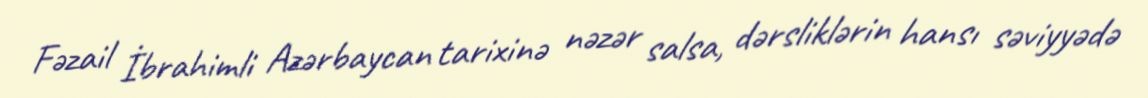
Fəzail İbrahimli Azərbaycan tarixinə nəzər salsa, dərsliklərin hansı səviyyədə